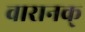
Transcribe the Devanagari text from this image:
वारानक्